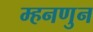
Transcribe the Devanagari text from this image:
म्हनणुन